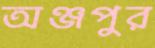
অঞ্জপুর